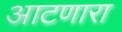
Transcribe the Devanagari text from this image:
आटणारा